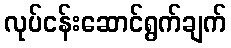
လုပ်ငန်းဆောင်ရွက်ချက်